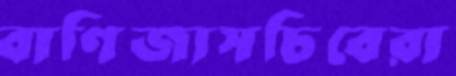
বাণিজ্যসচিবেরা